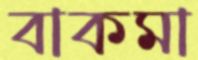
বাকমা